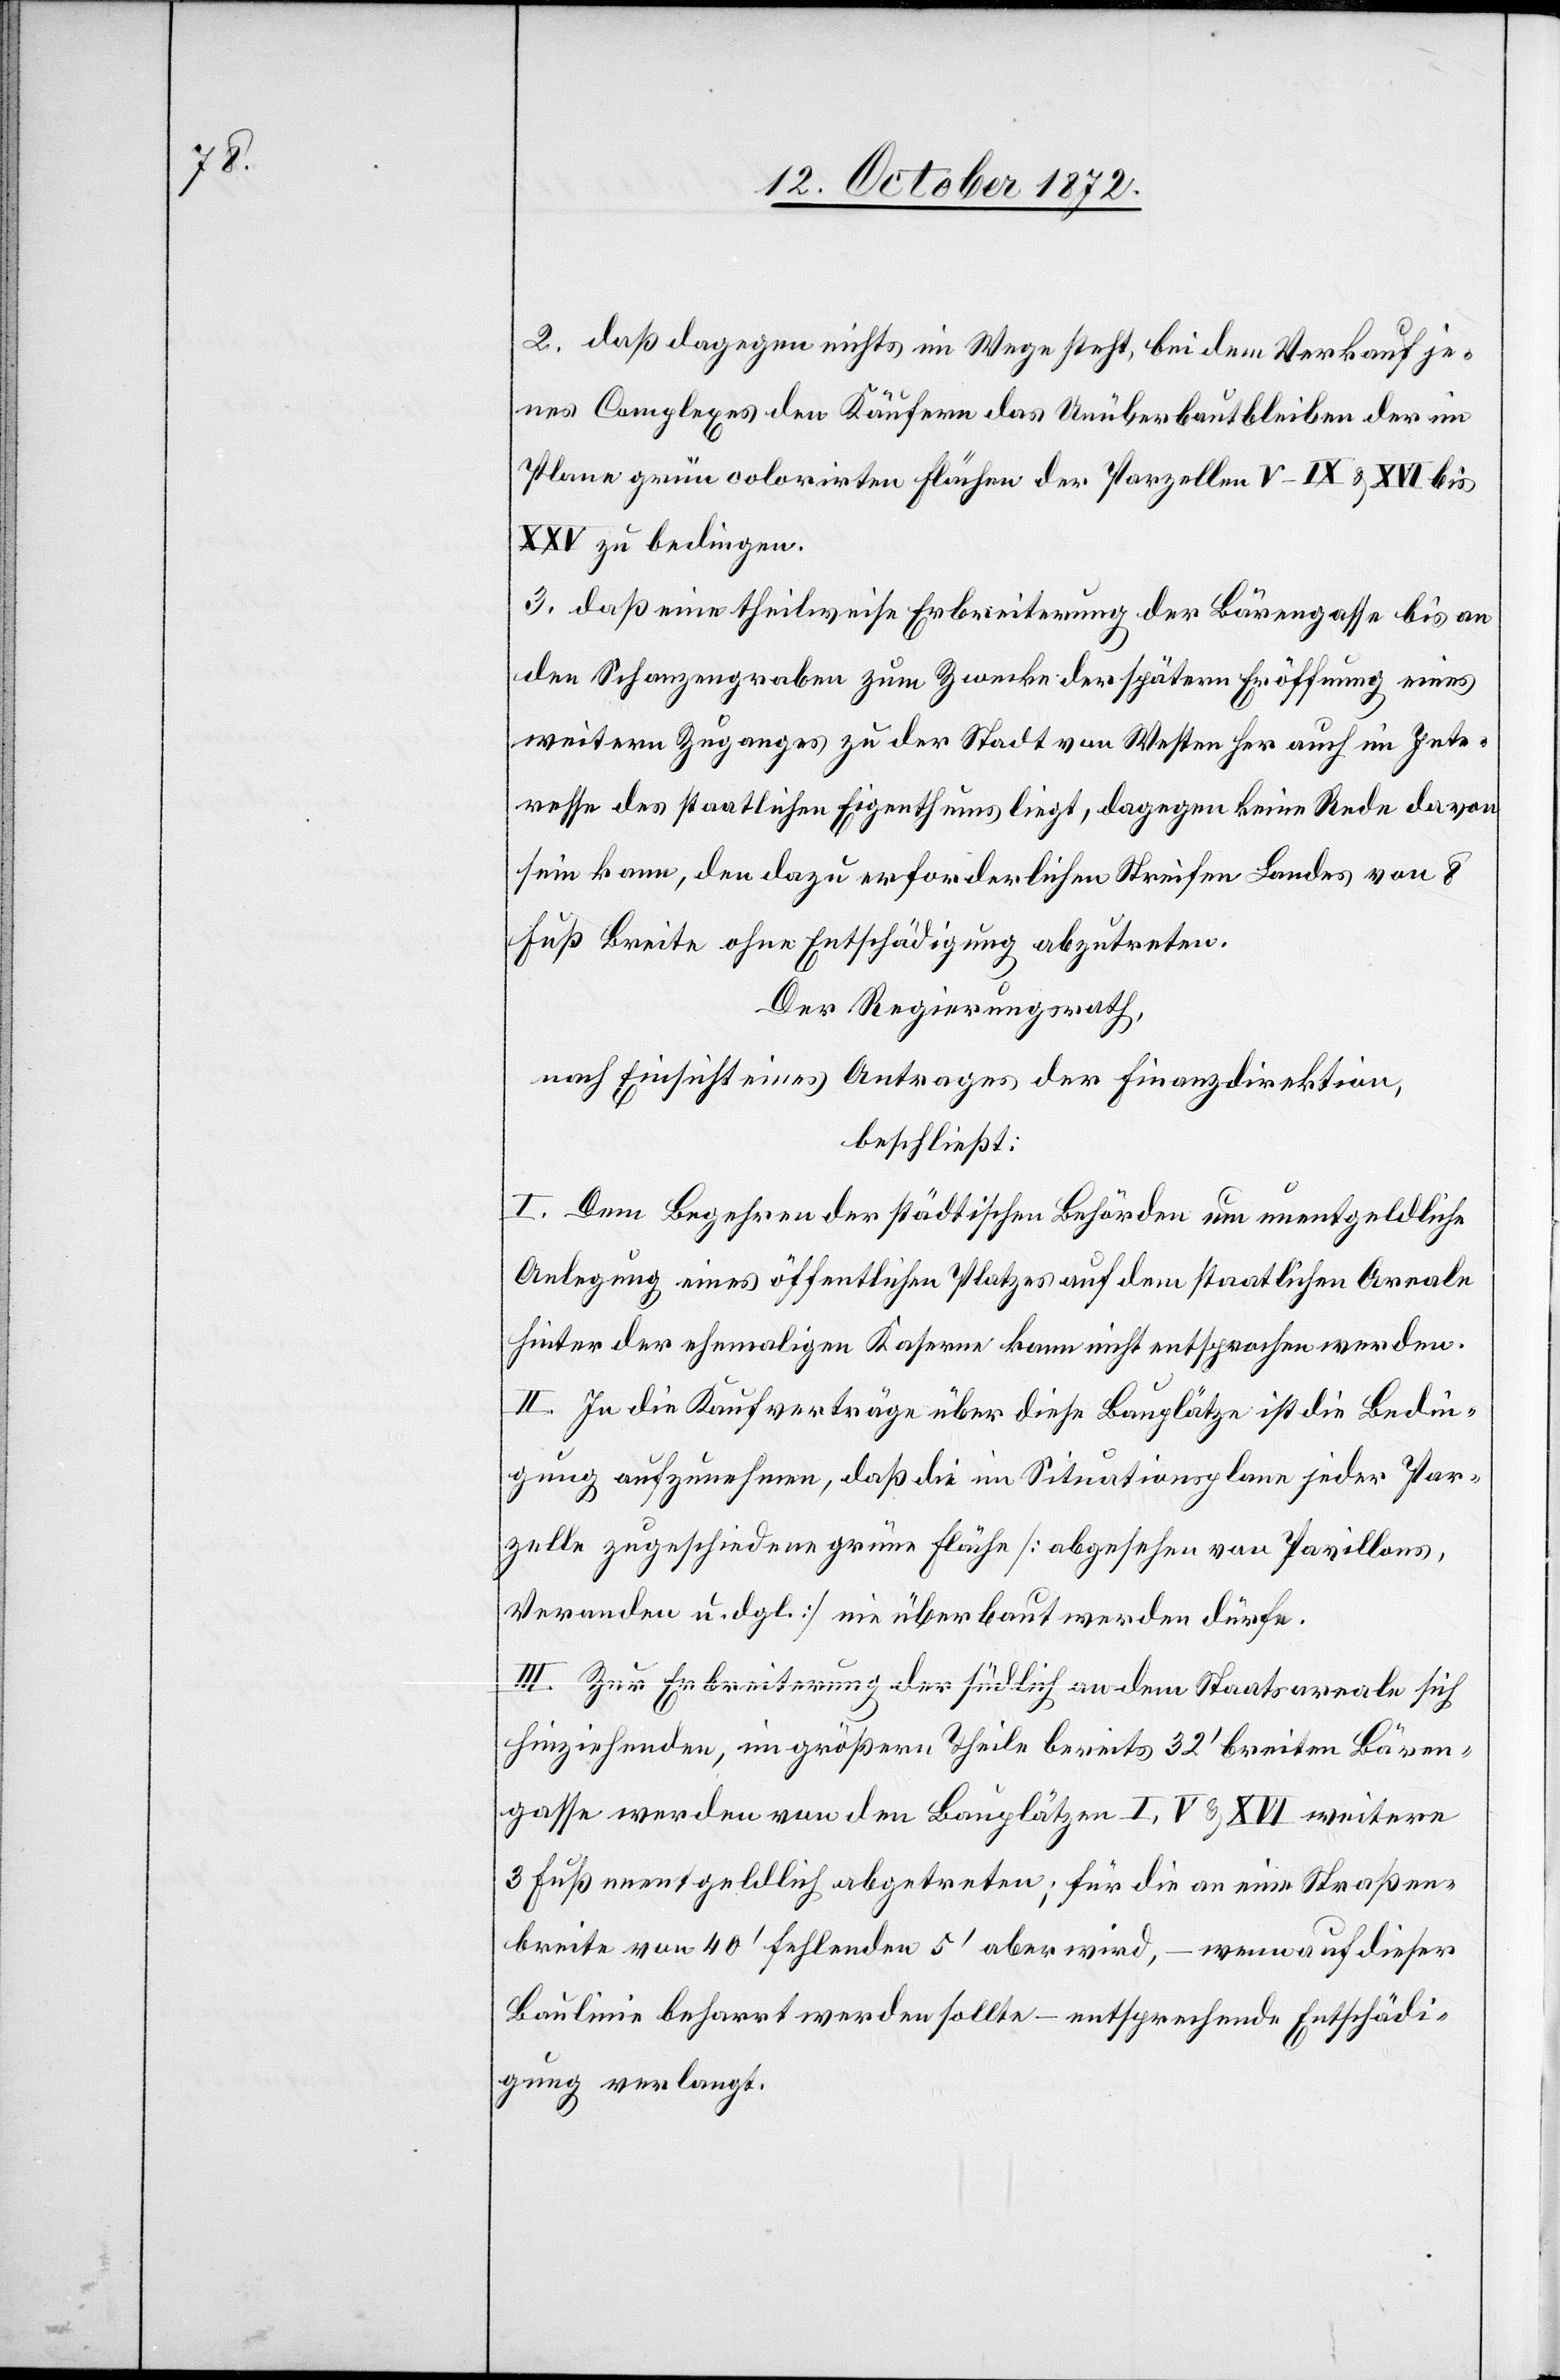
2. daß dagegen nichts im Wege steht, bei dem Verkauf je¬
nes Complexes den Käufern das Unüberbautbleiben der im
Plane grün colorirten Flächen der Parzellen V–IX u. XVI bis
XXV zu bedingen.
3. daß eine theilweise Erbreiterung der Bärengasse bis an
den Schanzengraben zum Zwecke der spätern Eröffnung eines
weitern Zuganges zu der Stadt von Westen her auch im Inte¬
resse des staatlichen Eigenthums liegt, dagegen keine Rede davon
sein kann, den dazu erforderlichen Streifen Landes von 8
Fuß Breite ohne Entschädigung abzutreten.
Der Regierungsrath,
nach Einsicht eines Antrages der Finanzdirektion,
beschließt:
I. Dem Begehren der städtischen Behörden um unentgeldliche
Anlegung eines öffentlichen Platzes auf dem staatlichen Areale
hinter der ehemaligen Kaserne kann nicht entsprochen werden.
II. In die Kaufverträge über diese Bauplätze ist die Bedin¬
gung aufzunehmen, daß die im Situationsplane jeder Par¬
zelle zugeschiedene grüne Fläche [abgesehen von Pavillons,
Veranden u. dgl.] nie überbaut werden dürfe.
III. Zur Erbreiterung der südlich an dem Staatsareale sich
hinziehenden, im größern Theile bereits 32’ breiten Bären¬
gasse werden von den Bauplätzen I, V u. XVI weitere
3 Fuß unentgeldlich abgetreten; für die an eine Straßen¬
breite von 40’ fehlenden 5’ aber wird, – wenn auf dieser
Baulinie beharrt werden sollte – entsprechende Entschädi¬
gung verlangt.